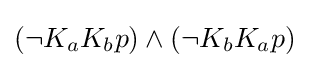
(\neg K_{a}K_{b}p)\land (\neg K_{b}K_{a}p)